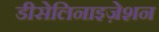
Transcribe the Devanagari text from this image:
डीसेलिनाइज़ेशन